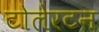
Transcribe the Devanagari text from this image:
टोलेरटन